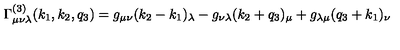
\Gamma _ { \mu \nu \lambda } ^ { ( 3 ) } ( k _ { 1 } , k _ { 2 } , q _ { 3 } ) = g _ { \mu \nu } ( k _ { 2 } - k _ { 1 } ) _ { \lambda } - g _ { \nu \lambda } ( k _ { 2 } + q _ { 3 } ) _ { \mu } + g _ { \lambda \mu } ( q _ { 3 } + k _ { 1 } ) _ { \nu }